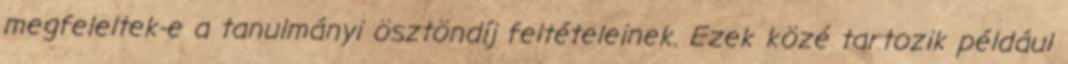
megfeleltek-e a tanulmányi ösztöndíj feltételeinek. Ezek közé tartozik például